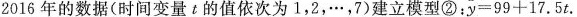
2016年的数据(时间变量t的值依次为1，2，…，7)建立模型②：$$ y=99+17.5 $$t。